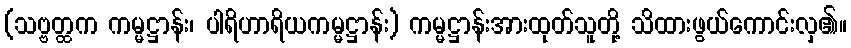
(သဗ္ဗတ္ထက ကမ္မဋ္ဌာန်း၊ ပါရိဟာရိယကမ္မဋ္ဌာန်း) ကမ္မဋ္ဌာန်းအားထုတ်သူတို့ သိထားဖွယ်ကောင်းလှ၏။